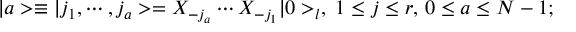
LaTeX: \vert a > \equiv \vert j _ { 1 } , \cdots , j _ { a } > = X _ { - j _ { a } } \cdots X _ { - j _ { 1 } } \vert 0 > _ { l } , \; 1 \leq j \leq r , \, 0 \leq a \leq N - 1 ;